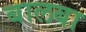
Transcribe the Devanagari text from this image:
बालबा